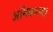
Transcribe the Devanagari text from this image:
अभिकरण।